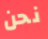
نحن